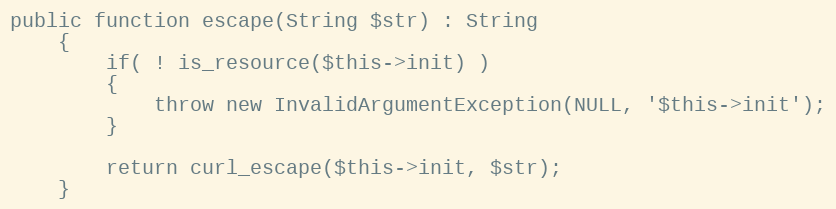
Language: PHP
public function escape(String $str) : String
    {
        if( ! is_resource($this->init) )
        {
            throw new InvalidArgumentException(NULL, '$this->init');
        }

        return curl_escape($this->init, $str);
    }